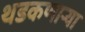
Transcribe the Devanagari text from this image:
थडकणार्‍या